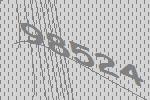
98524